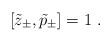
LaTeX: \begin{align*}[\tilde{z}_{\pm},\tilde{p}_{\pm}]=1~.\end{align*}